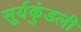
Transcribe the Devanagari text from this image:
सूर्यकुंडली